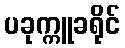
ပခုက္ကူခရိုင်